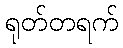
ရုတ်တရက်